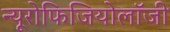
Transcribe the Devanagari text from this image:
न्यूरोफिजियोलॉजी